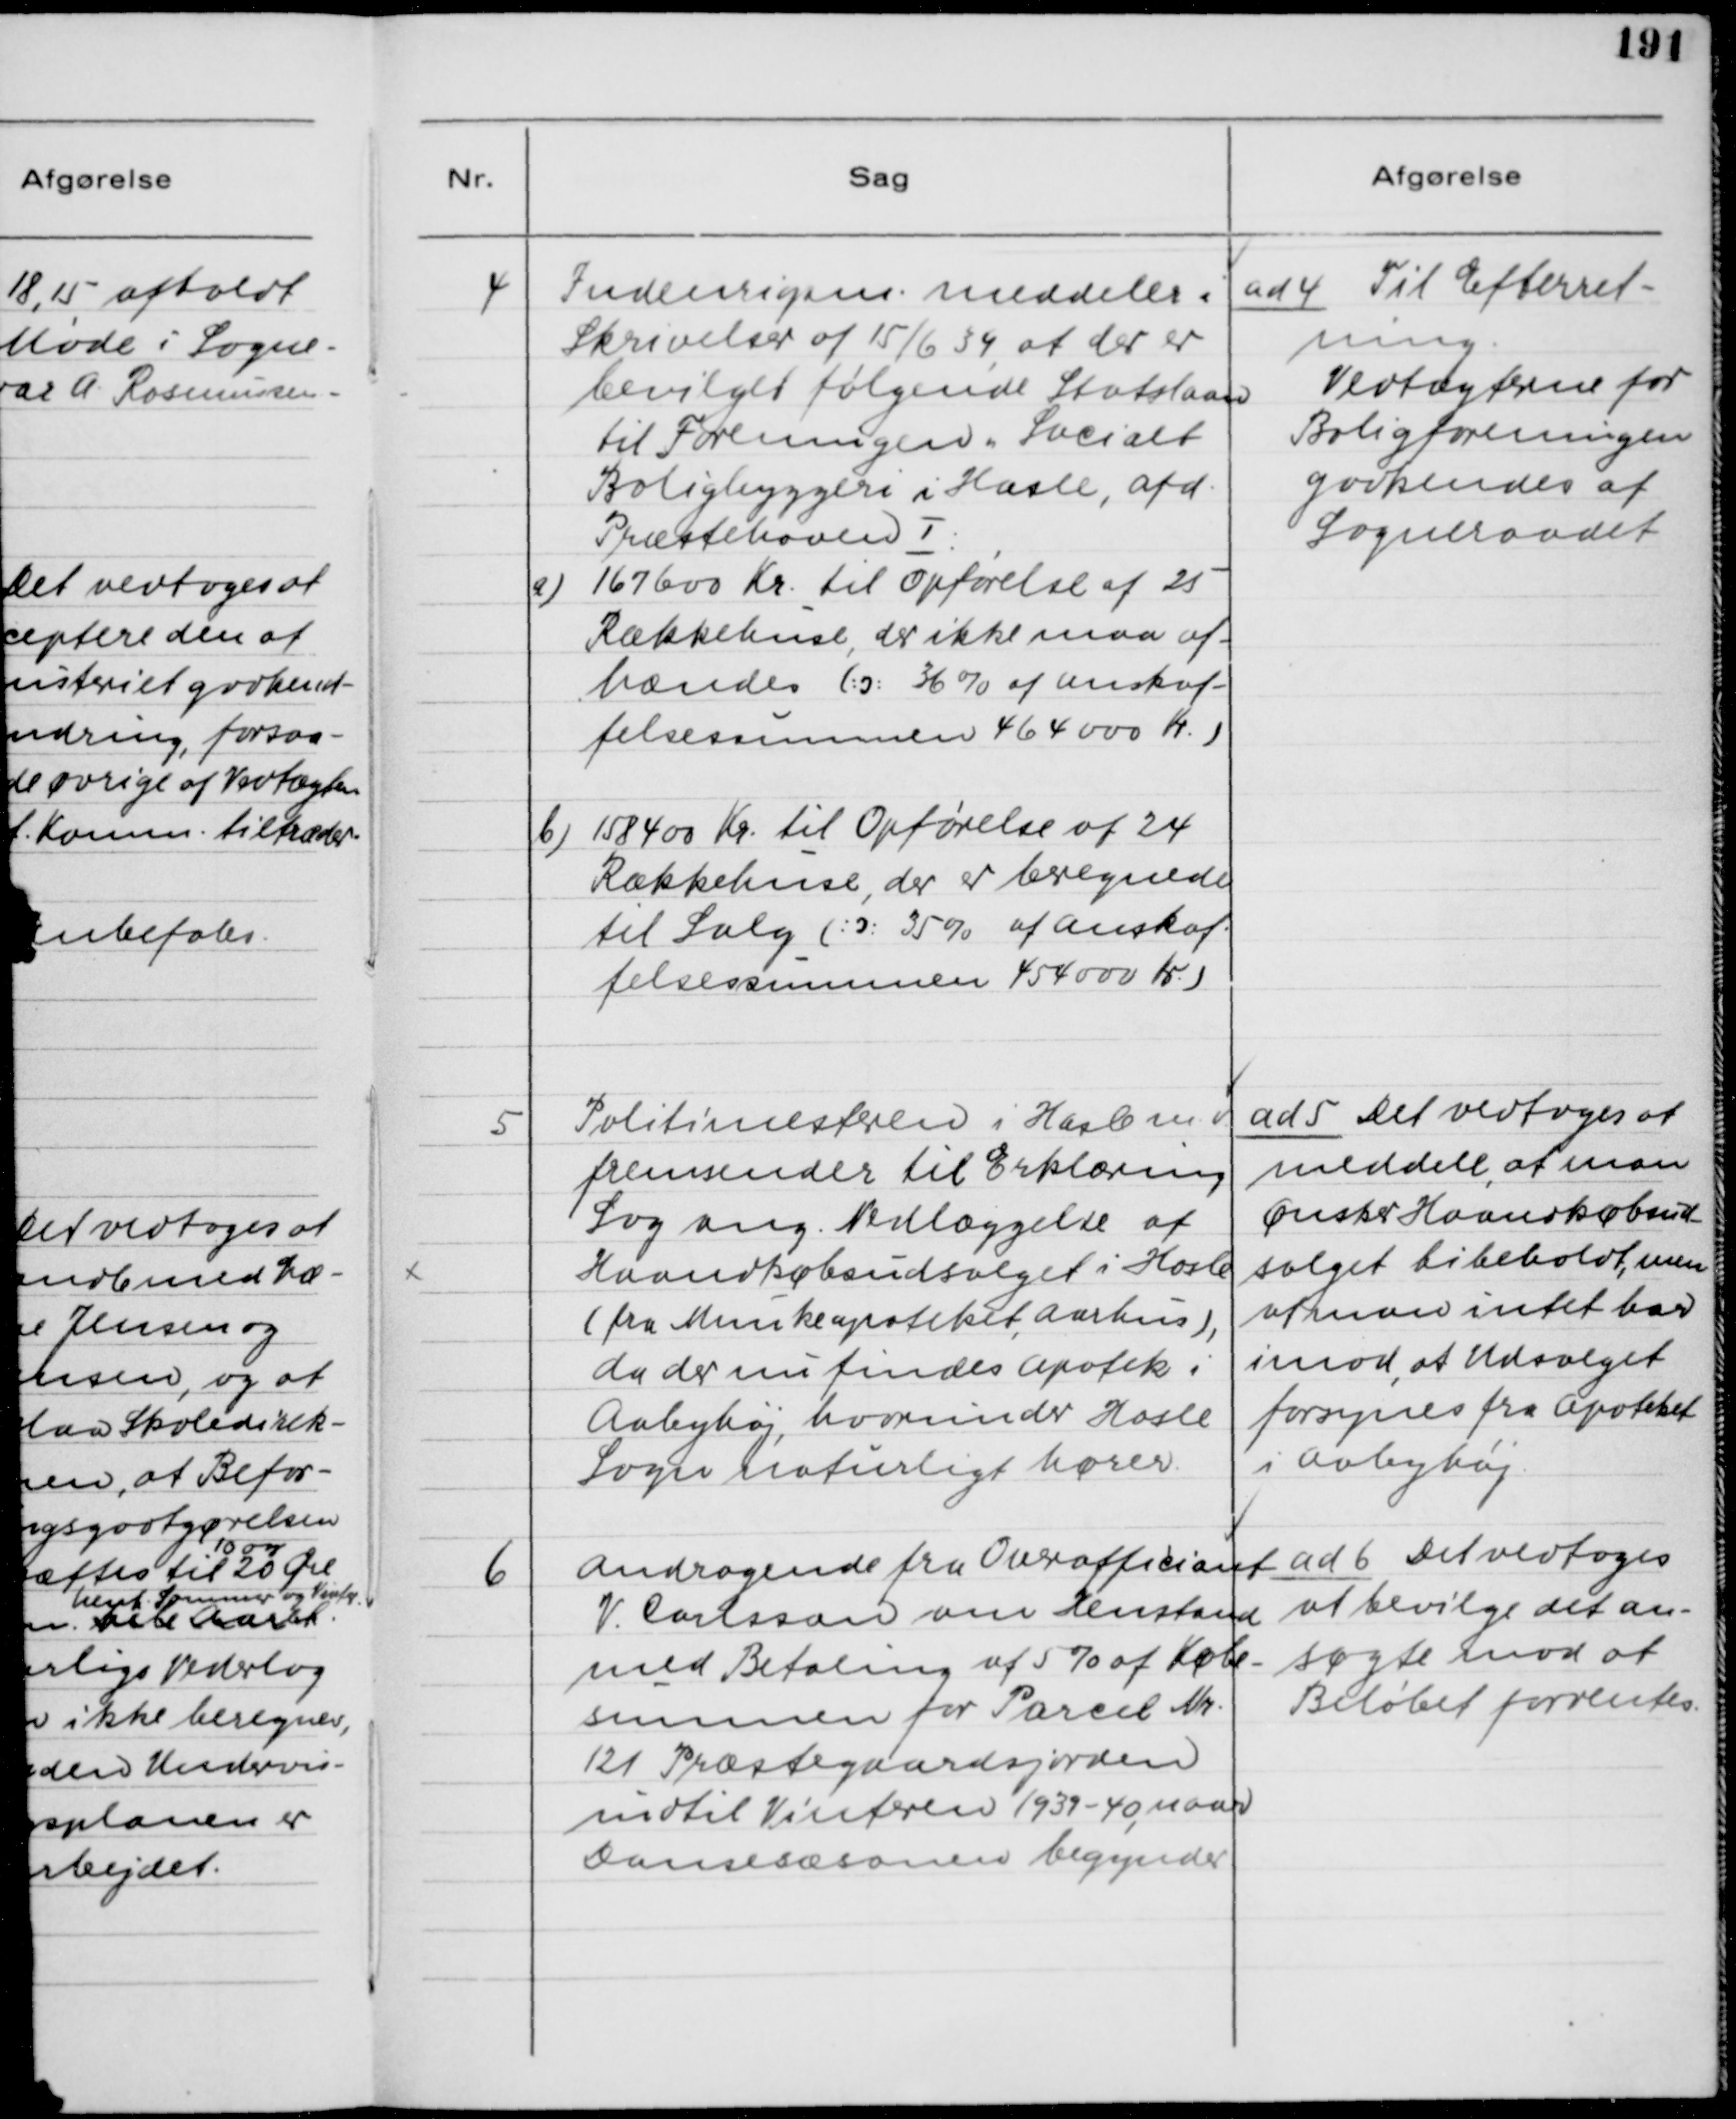
Transskription:
4

Indenrigsm. meddeler i
Skrivelse af 15/6 39, at der er
bevilget følgende Statslaan
til Foreningen " Socialt
Boligbyggeri i Hasle, Afd. 
Præstehaven I:
a) 167600 Kr. til Opførelse af 25
Rækkehuse, der ikke maa af-
hændes (:ɔ: 36% af Anskaf-
felsessummen 464.000 Kr.)
b) 158400 Kr. til Opførelse af 24
Rækkehuse, der er beregnede
til Salg (:ɔ: 35% af Anskaf-
felsessummen 454000 Kr.)

ad 4. Til Efterret-
ning.
Vedtægterne for
Boligforeningen
godkendes af
Sogneraadet

5

Politimesteren i Hasle m.v.
fremsender til Erklæring
Sag ang. Nedlæggelse af
Haandkøbsudsalget i Hasle
(fra Munkeapoteket Aarhus),
da der nu findes Apotek i
Aabyhøj, hvorunder Hasle
Sogn naturligt hører.

ad 5 Det vedtoges at
meddele, at man
ønsker Haandkøbsud-
salget bibeholdt, men
at man intet har
imod, at Udsalget
forsynes fra Apoteket
i Aabyhøj.

6

Andragende fra Overofficiant
V. Carlsson om Henstand
med Betaling af 5% af Købe-
summen for Parcel Nr.
121 Præstegaardsjorden
indtil Vinteren 1939-40, naar
Dansesæsonen begynder.

ad 6 Det vedtoges
at bevilge det an-
søgte mod at
Beløbet forrentes.